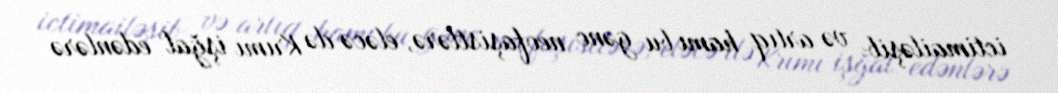
ictimailəşib və artıq hamı bu gənc neofaşistlərə, eləcə də Krımı işğal edənlərə